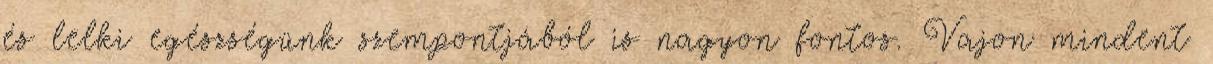
és lelki egészségünk szempontjából is nagyon fontos. Vajon mindent